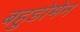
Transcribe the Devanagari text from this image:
बहुडोमेन